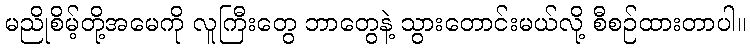
မညိုစိမ့်တို့အမေကို လူကြီးတွေ ဘာတွေနဲ့ သွားတောင်းမယ်လို့ စီစဉ်ထားတာပါ။